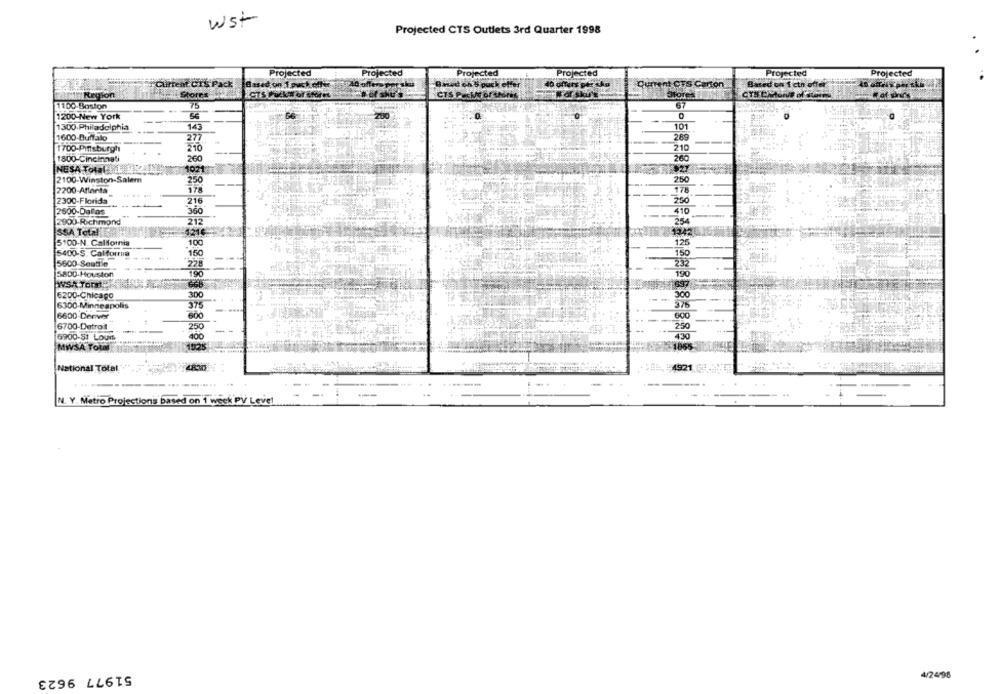
Wst
Projected CTS Outlets 3rd Quarter 1998
Projected
Projected
Projected
Projected
Projected
Projected
od ch 5 puck e
"Current CTS Pack
ITent CTS Carton
Based on 1 cto offer
Region
Stores
Nor sku'
1100-Boston
75
1200-New York
56
143
101
1300.Philadelphia
1600-Buffalo
277
289
210
1700-Pittsburgh
1800-Cincinnati
260
260
NESA Total L.L 12 IN
1021
2100-Winston-Salem
250
260
2200-Atlanta
178
178
2300-Florida
216
250
2600-Dallas
410
2900-Richmond
212
254
SSA Total
5216
3942
5100-N. California
100
125
5400-S. California
150
150
5600-Seattle
228
5800-Houston
19℃
190
WSh Tout
6200-Chicago
300
6300-Minneapolis
37
6600-Derver
600
6700-Detroit
250
250
6900-51 Louis
400
MIVSA Total
1925
1855
National Total
192
........
N. Y. Metro Projections based on 1 week PV Level
51977 9623
4/24/98